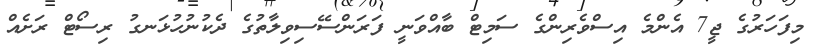
މިފަހަރުގެ ޖީ7 އެންމެ އިސްވެރިންގެ ސަމިޓް ބާއްވަނީ ފަރަންސޭސިވިލާތުގެ ދެކުނުހުޅަނގު ރިސޯޓް ރަށެއް